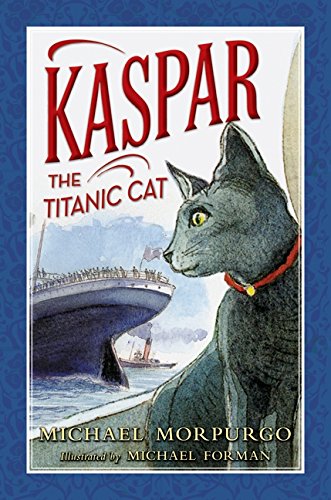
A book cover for Kaspar the Titanic Cat; Michael Morpurgo; Children's Books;